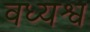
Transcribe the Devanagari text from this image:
वध्यश्व